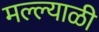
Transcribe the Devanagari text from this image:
मल्ल्याळी